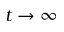
t \to \infty